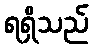
ရရှိသည်